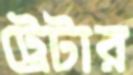
ট্রেটার